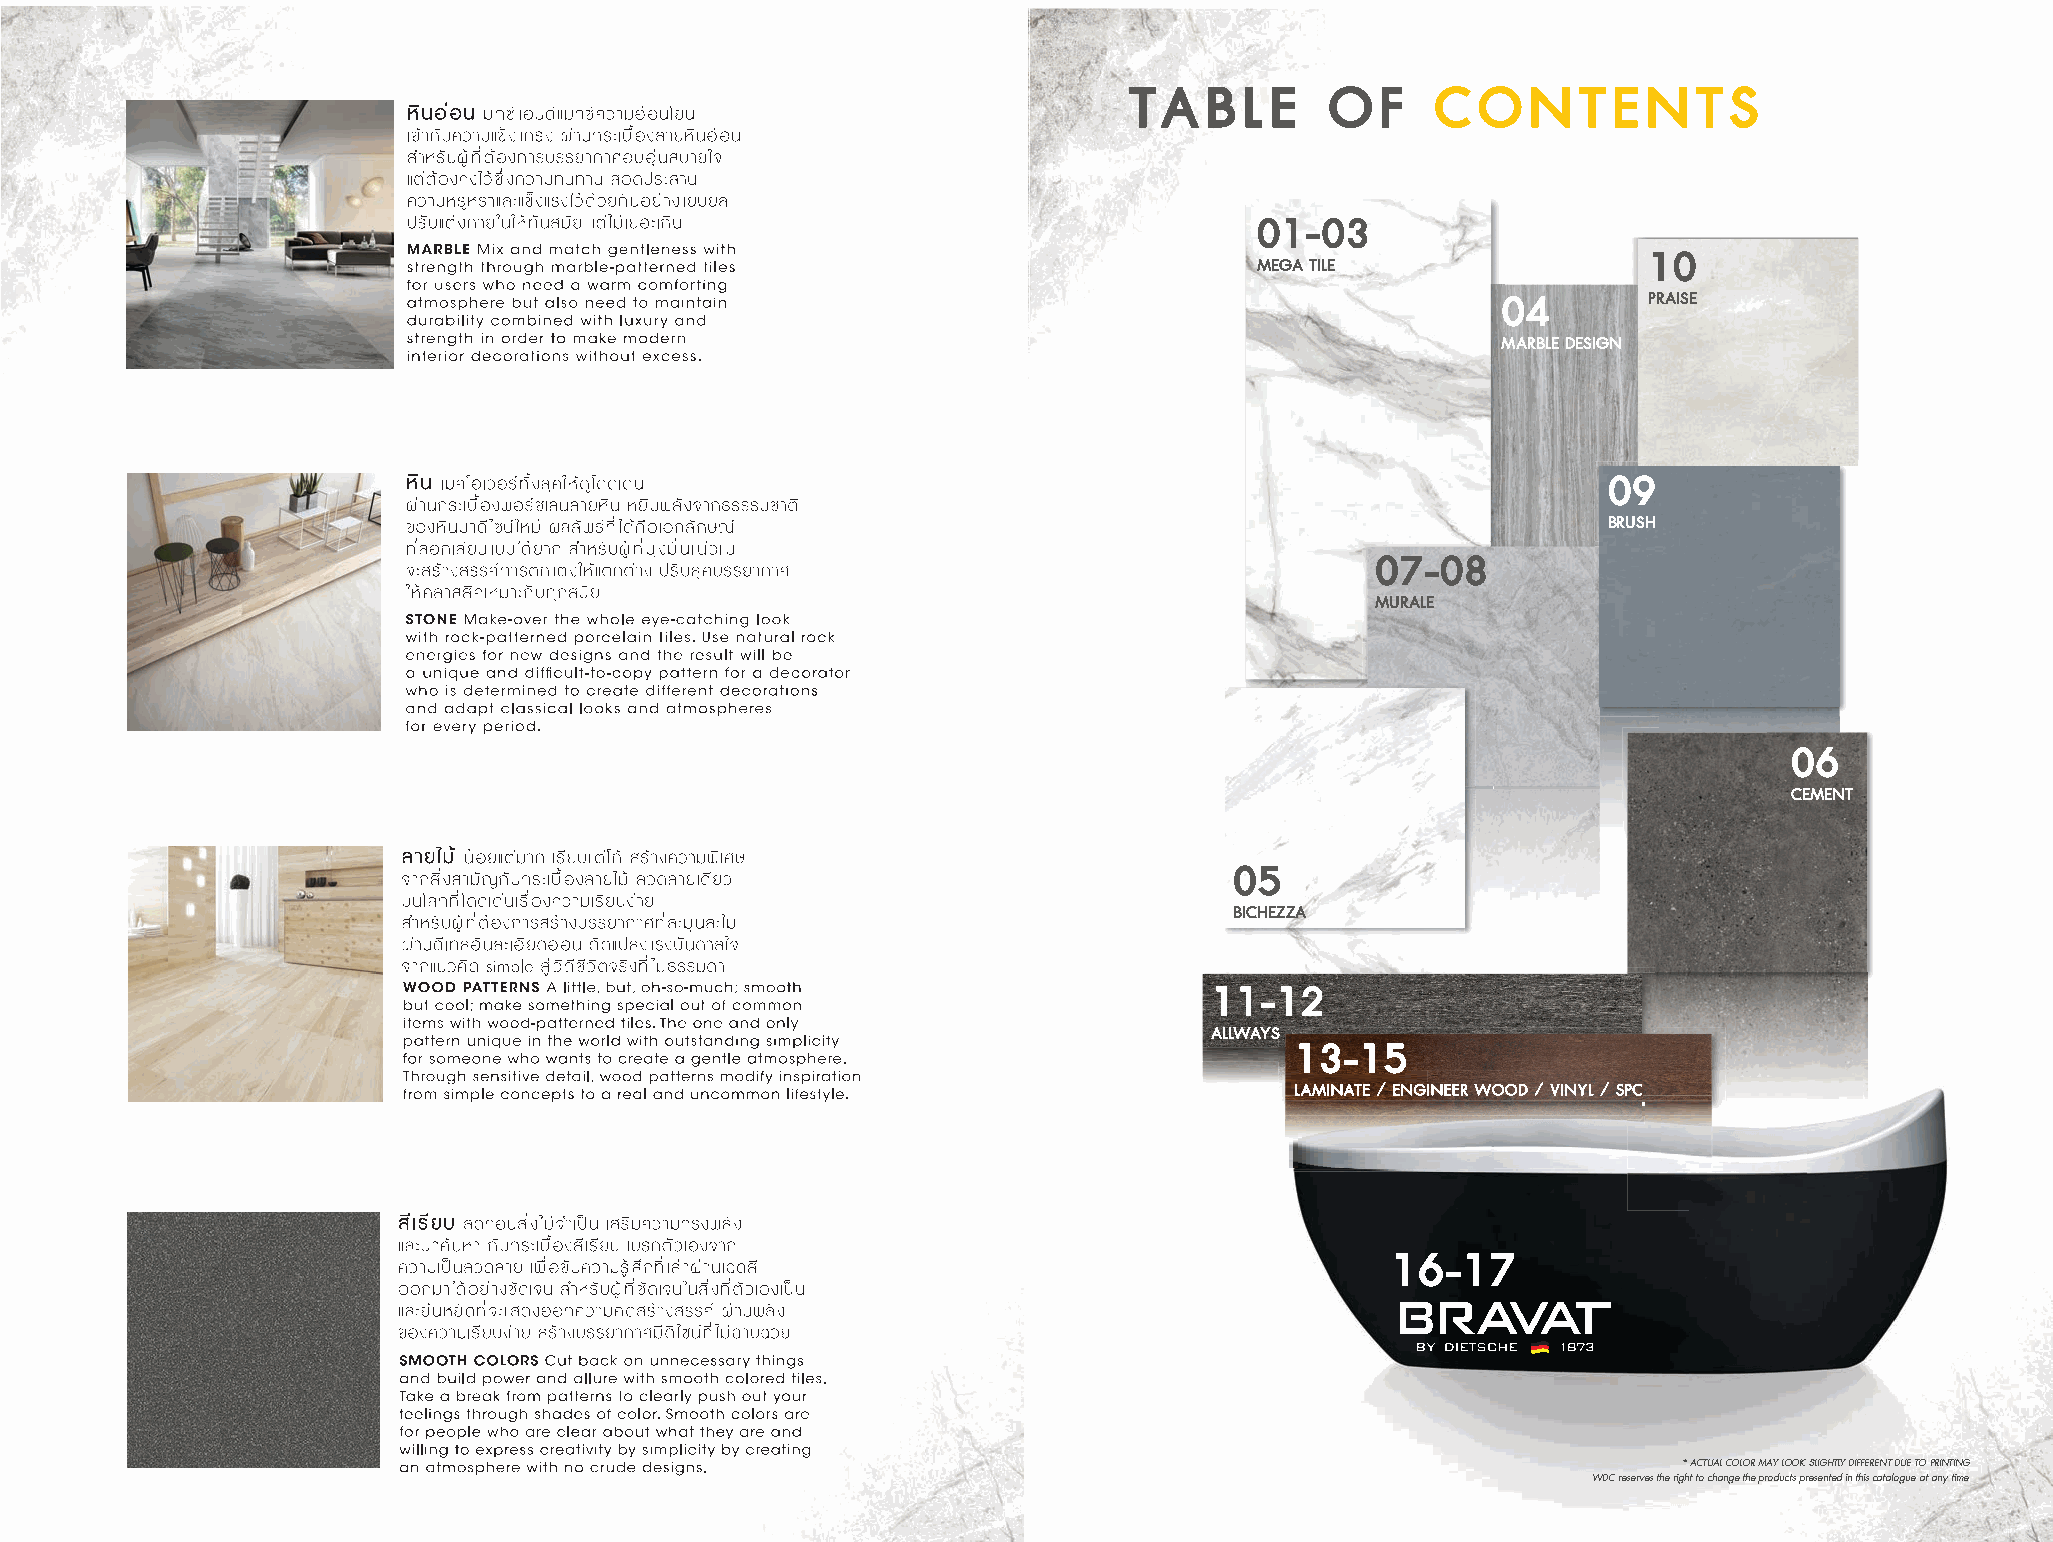
TABLE        OF     CONTENTS
 01-03
 10
 MEGA TILE
 04        PRAISE
 MARBLE DESIGN
 09
 BRUSH
 07-08
 MURALE
 06
 CEMENT
 05
 BICHEZZA
 11-12
 AALLLLWWAAYYSS
 1133--1155
 LLLAAAMMMIIINNNAAATTTEEE /// EEENNNGGGIIINNNEEEEEERRR WWWOOOOOODDD /// VVVIIINNNYYYLLL /// SSSPPPCCC
 16-17
 * ACTUAL COLOR MAY LOOK SLIGHTLY DIFFERENT DUE TO PRINTING
 WDC reserves the right to change the products presented in this catalogue at any time